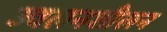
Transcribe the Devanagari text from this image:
ज्वलनशीलन